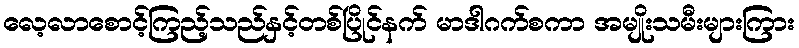
လေ့လာစောင့်ကြည့်သည်နှင့်တစ်ပြိုင်နက် မာဒါဂက်စကာ အမျိုးသမီးများကြား